Document type: Recognition
Year: 1250
Scribe: Pere Marquès
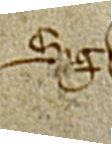
Sig